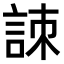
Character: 𧧒